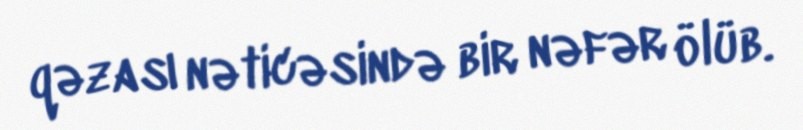
qəzası nəticəsində bir nəfər ölüb.